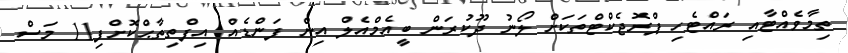
ތިމާވެއްޓާއި ރައްޓެހި ޕްރޮޖެކްޓްތަކަށް ލޯނު ދޫކުރަން ބީއެމްއެލް އިން ފަންޑެއް އިފްތިތާޙްކޮށްފި11 މަސް